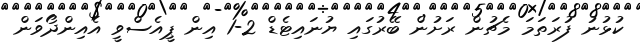
ކުޅުނު ފުރަތަމަ މެޗުން ރަށުން ބޭރުގައި ޔުނައިޓެޑް 2-1 އިން ޕީއެސްވީ އެއިންދޯވަން